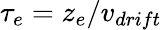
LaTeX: {\tau_{e}=z_{e}/v_{drift}}